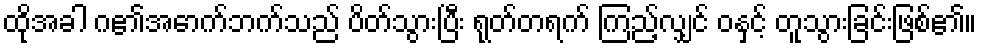
ထိုအခါ ဂ၏အောက်ဘက်သည် ပိတ်သွားပြီး ရုတ်တရက် ကြည့်လျှင် ဝနှင့် တူသွားခြင်းဖြစ်၏။